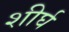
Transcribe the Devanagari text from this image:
शीर्घ